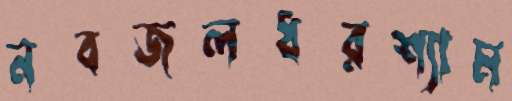
নবজলধরশ্যাম